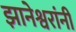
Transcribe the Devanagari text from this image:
झानेश्वरांनी